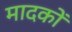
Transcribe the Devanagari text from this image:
मादकों